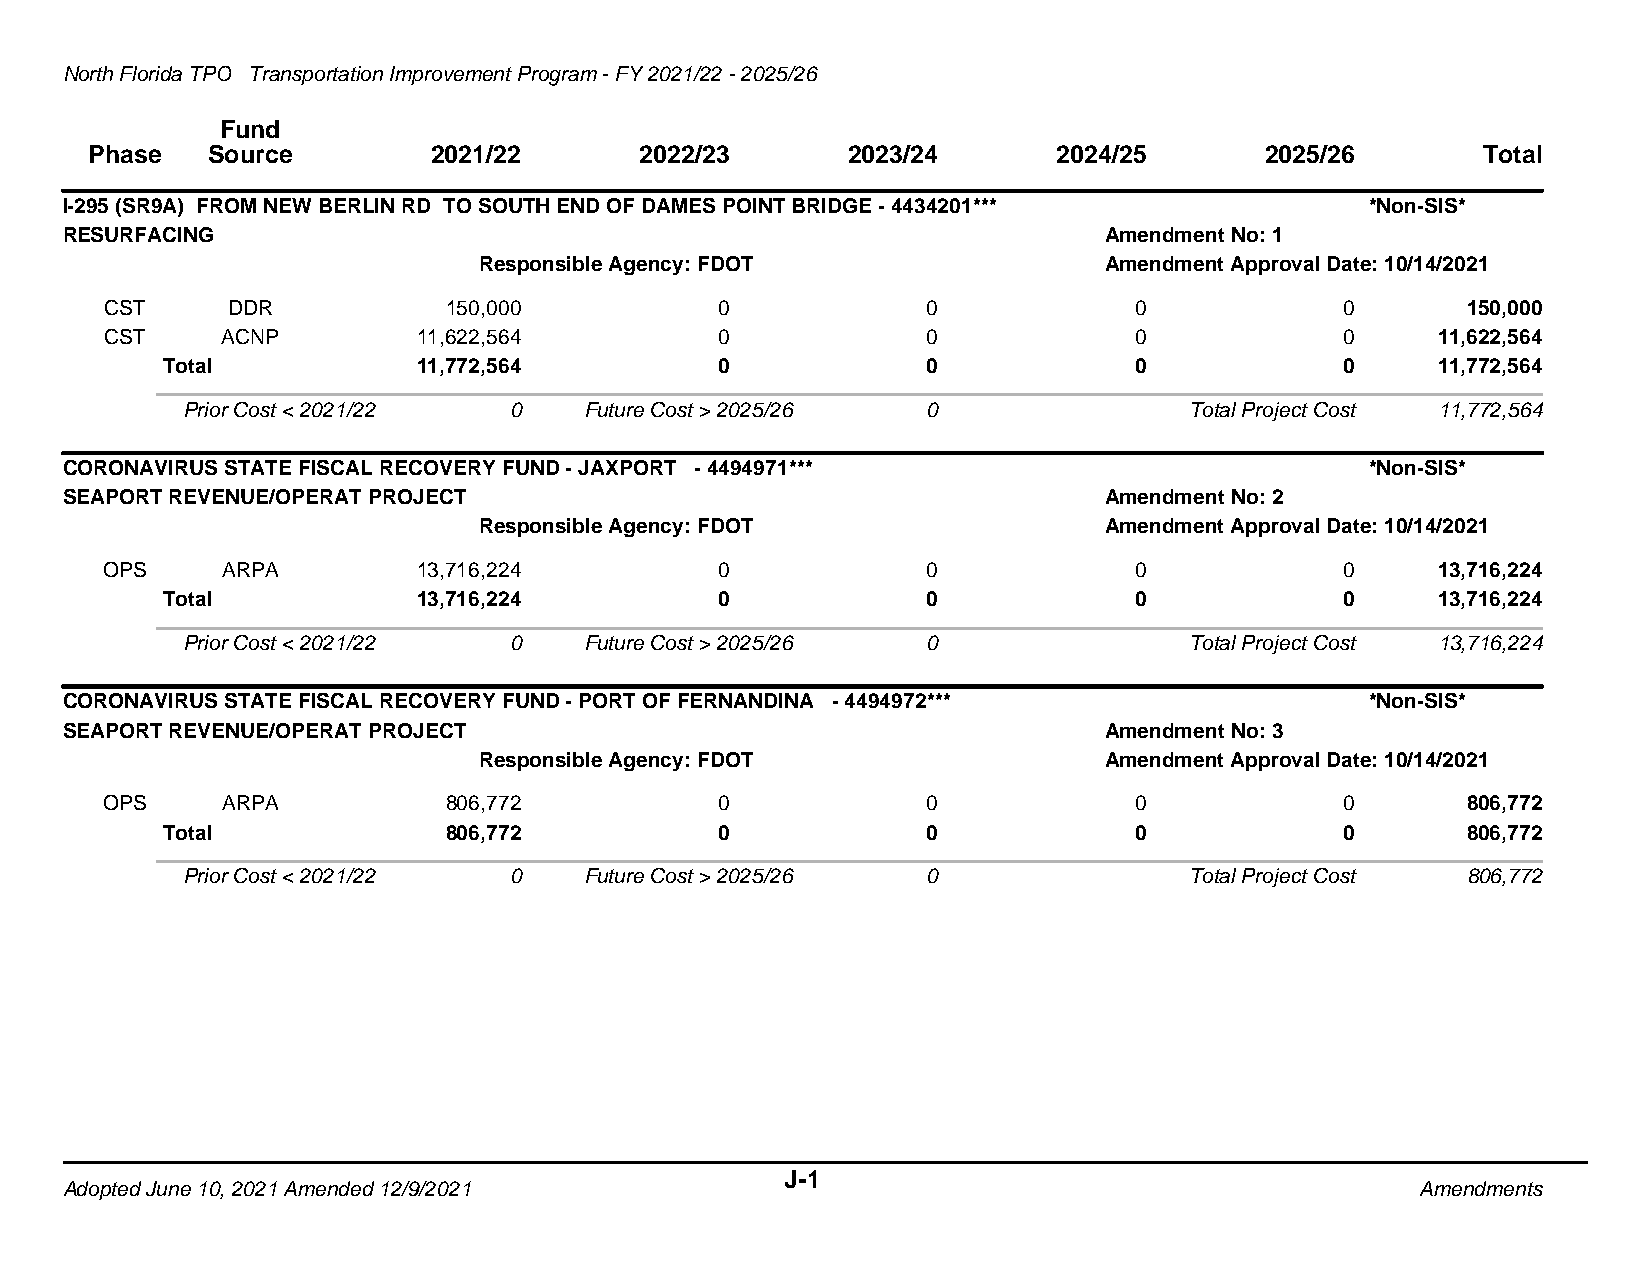
North Florida TPO Transportation Improvement Program - FY 2021/22 - 2025/26
 Fund
 Phase   Source         2021/22      2022/23       2023/24       2024/25       2025/26       Total
 I-295 (SR9A) FROM NEW BERLIN RD TO SOUTH END OF DAMES POINT BRIDGE - 4434201***        *Non-SIS*
 RESURFACING                                                          Amendment No: 1
 Responsible Agency: FDOT                 Amendment Approval Date: 10/14/2021
 CST     DDR           150,000            0            0             0             0       150,000
 CST     ACNP         11,622,564          0            0             0             0     11,622,564
 Total            11,772,564          0            0             0             0     11,772,564
 Prior Cost < 2021/22  0    Future Cost > 2025/26 0                 Total Project Cost 11,772,564
 CORONAVIRUS STATE FISCAL RECOVERY FUND - JAXPORT - 4494971***                          *Non-SIS*
 SEAPORT REVENUE/OPERAT PROJECT                                       Amendment No: 2
 Responsible Agency: FDOT                 Amendment Approval Date: 10/14/2021
 OPS     ARPA         13,716,224          0            0             0             0     13,716,224
 Total            13,716,224          0            0             0             0     13,716,224
 Prior Cost < 2021/22  0    Future Cost > 2025/26 0                 Total Project Cost 13,716,224
 CORONAVIRUS STATE FISCAL RECOVERY FUND - PORT OF FERNANDINA - 4494972***               *Non-SIS*
 SEAPORT REVENUE/OPERAT PROJECT                                       Amendment No: 3
 Responsible Agency: FDOT                 Amendment Approval Date: 10/14/2021
 OPS     ARPA          806,772            0            0             0             0       806,772
 Total             806,772            0            0             0             0       806,772
 Prior Cost < 2021/22  0    Future Cost > 2025/26 0                 Total Project Cost 806,772
 J-1
 Adopted June 10, 2021 Amended 12/9/2021                                                   Amendments